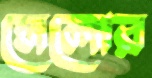
মেলোর